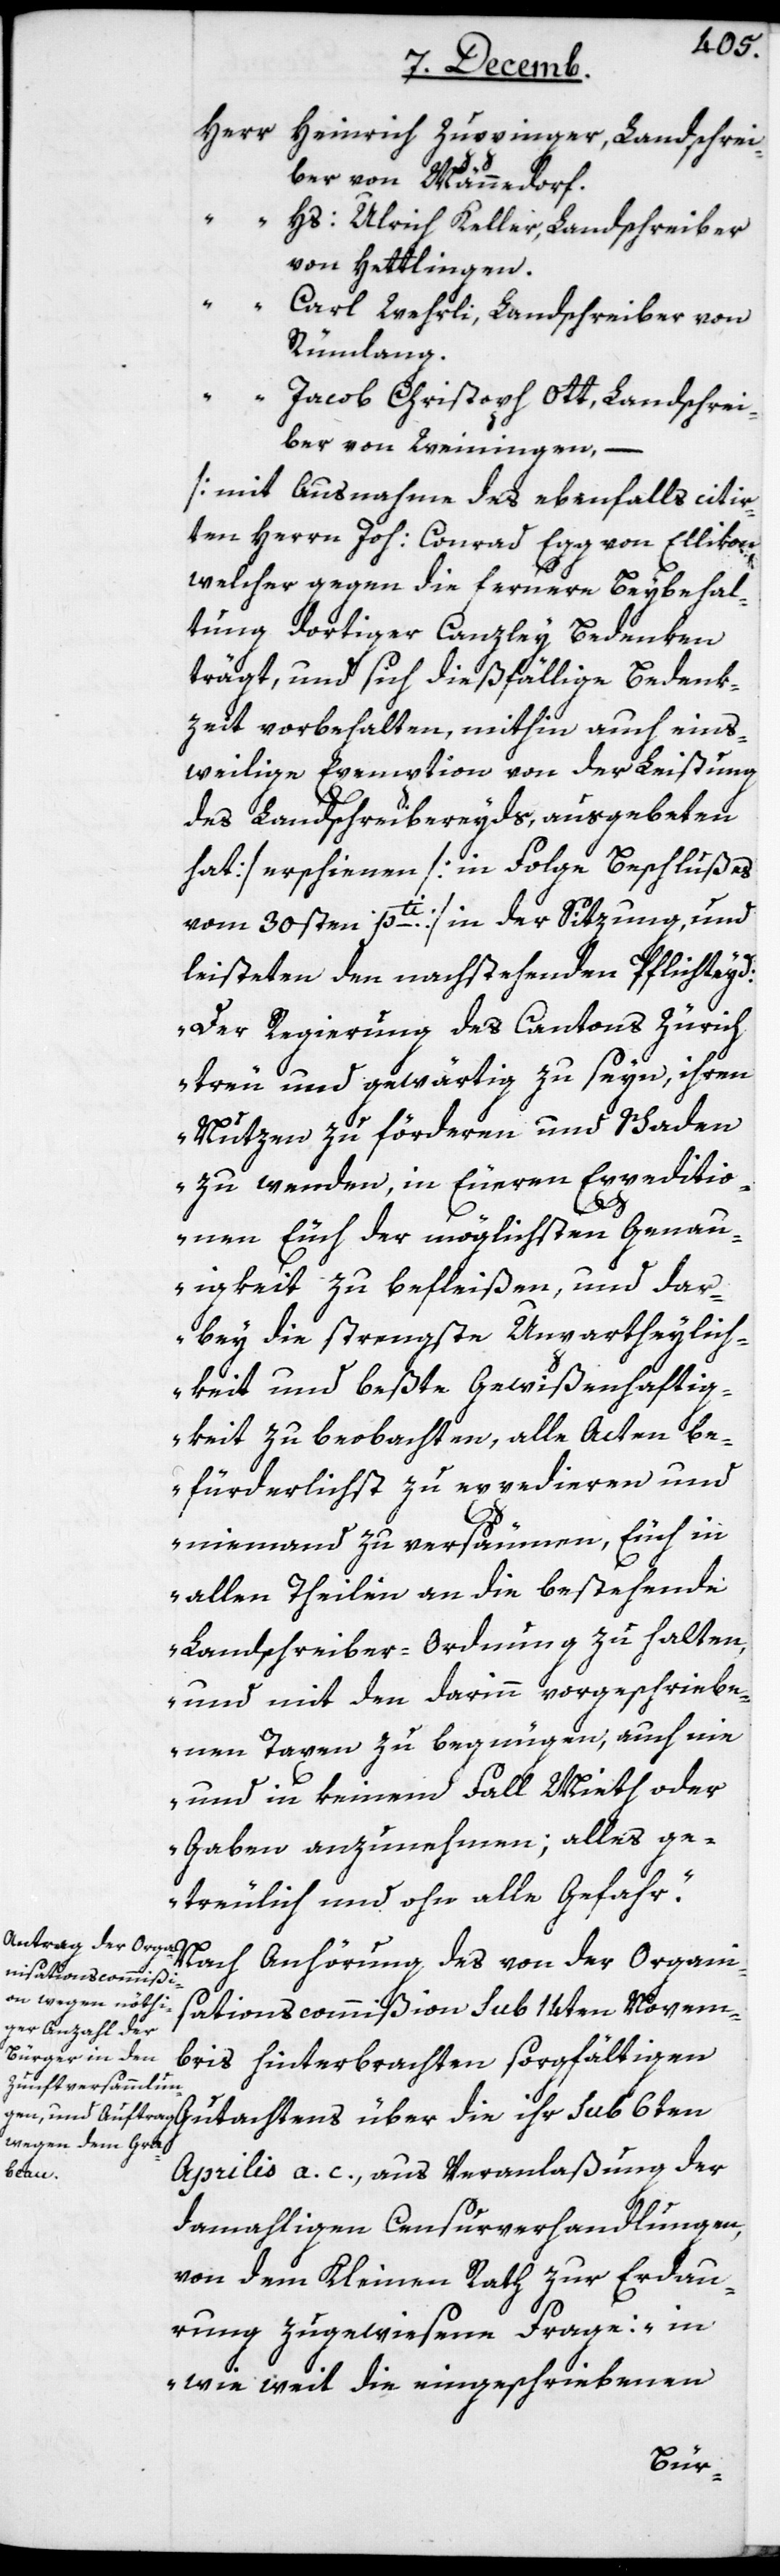
Heinrich Zuppinger, Landschrei¬
ber von Männedorf.
“
Hs. Ulrich Keller, Landschreiber
von Hettlingen.
Carl Wehrli, Landschreiber von
Rümlang.
“ Jacob Christoph Ott, Landschrei¬
ber von Weiningen, –
[mit Ausnahme des ebenfalls citir¬
ten Herrn Joh. Conrad Egg von Ellikon,
welcher gegen die fernere Beybehal¬
tung dortiger Canzley Bedenken
trägt, und sich dießfällige Bendenk¬
zeit vorbehalten, mithin auch eins¬
weilige Exemption von der Leistung
des Landschreibereyds, ausgebeten
hat] erschienen [in Folge Beschlußes
vom 30sten pti.) in der Sitzung und
leisteten den nachstehenden Pflichteyd:
„Der Regierung des Cantons Zürich
treu und gewärtig zu seyn, ihren
Nutzen zu förderen und Schaden
zu wenden, in Euren Expeditio¬
nen Euch der möglichsten Genau¬
igkeit zu befleißen und dar¬
bey die strengste Unpartheylich¬
keit und beßte Gewißenhaftig¬
keit zu beobachten, alle Acten be¬
fürderlichst zu expedieren und
niemand zu versäumen, Euch in
allen Theilen an die bestehende
Landschreiber-Ordnung zu halten,
und mit den darinn vorgeschriebe¬
nen Taxen zu begnügen, auch nie
und in keinem Fall Mieth oder
Gaben anzunehmen; alles ge¬
treulich und ohne alle Gefahr“.
Nach Anhörung des von der Organis¬
ationscommißion sub 14ten Novem¬
bris hinterbrachten sorgfältigen
Gutachtens über die ihr sub 6ten
Aprilis a. c., aus Veranlaßung der
damahligen Censurverhandlungen,
von dem Kleinen Rath zur Erdau¬
rung zugewiesene Frage: „in
wie weit die eingeschriebenen